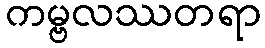
ကမ္ဗလဿတရာ